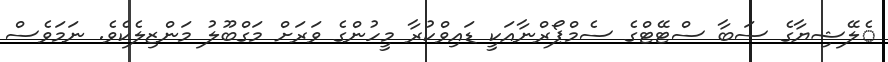
ެލޭޝިޔާގެ ސަބާ ސްޓޭޓްގެ ސެމްޕޯރްނާއަކީ ޑައިވްކުރާ މީހުންގެ ވަރަށް މަގްބޫލު މަންޒިލެކެވެ. ނަމަވެސް